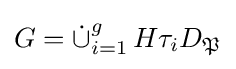
G={\dot {\cup }}_{i=1}^{g}\,H\tau _{i}D_{\mathfrak {P}}